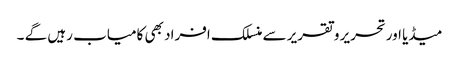
میڈیا اورتحریر و تقریر سے منسلک افراد بھی کامیاب رہیں گے ۔